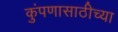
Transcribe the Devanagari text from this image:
कुंपणासाठीच्या